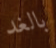
بالغد